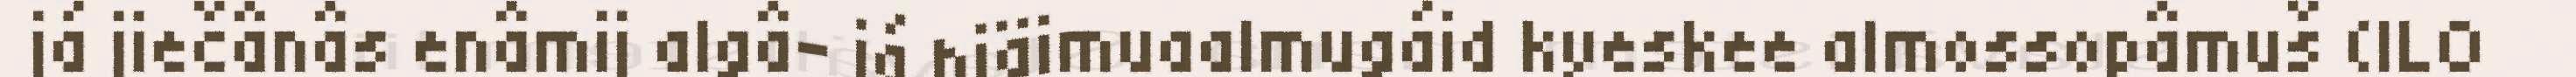
já jiečânâs enâmij algâ- já hiäimuaalmugáid kyeskee almossopâmuš (ILO